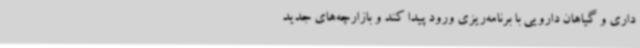
داری و گیاهان دارویی با برنامه‌ریزی ورود پیدا کند و بازارچه‌های جدید